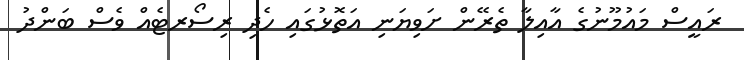
ރައީސް މައުމޫނުގެ އާއިލާ ތެރޭން ށަވިޔަނި އަތޮޅުގައި ހެދި ރިސޯރޓެއް ވެސް ބަންދު